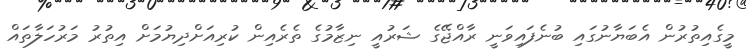
މީގެއިތުރުން އެބަޔާނުގައި ބުނެފައިވަނީ ރާއްޖޭގެ ޝަރުއީ ނިޒާމުގެ ތެރެއިން ކުރިއަށްދިޔުމަށް އިތުރު މަރުހަލާތައް